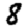
Digit: 8